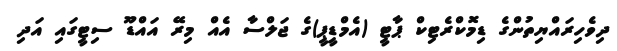
ދިވެހިރައްޔިތުންގެ ޑިމޮކްރެޓިކް ޕާޓީ (އެމްޑީޕީ)ގެ ޖަލްސާ އެއް މިރޭ އައްޑޫ ސިޓީގައި އަދި